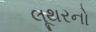
લૂથરનો